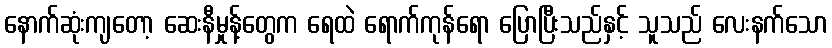
နောက်ဆုံးကျတော့ ဆေးနီမှုန့်တွေက ရေထဲ ရောက်ကုန်ရော ပြောပြီးသည်နှင့် သူသည် လေးနက်သော